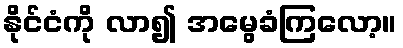
နိုင်ငံကို လာ၍ အမွေခံကြလော့။